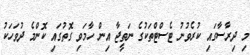
މި ދިރާސާގައި ކުރެވުނު ޓެެސްޓްތަކުގެ ނަތީޖާ އިން ހާމަވި ގޮތުގައި ކޮންމެ ދުވަހަކު